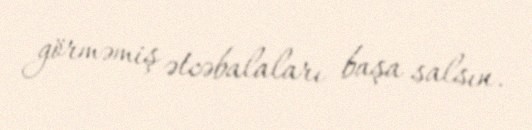
görməmiş ətcəbalaları başa salsın.